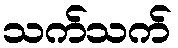
သက်သက်